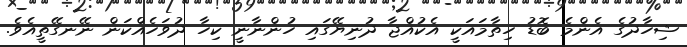
ޝިހާދުގެ އެންމެ ބޮޑު ހިތާމައަކީ އެކުއްޖާ ދުނިޔޭގައި ހުންނާނީ ކިހާ ދުވަހެއްކަން ނޭނގޭތީއެވެ.